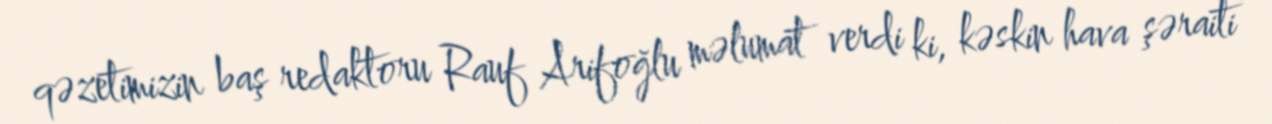
qəzetimizin baş redaktoru Rauf Arifoğlu məlumat verdi ki, kəskin hava şəraiti